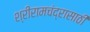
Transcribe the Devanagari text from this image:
श्रीरामचंद्रासाठी